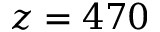
z = 4 7 0